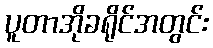
ပူတာအိုခရိုင်အတွင်း